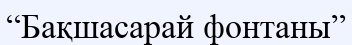
“Бақшасарай фонтаны”